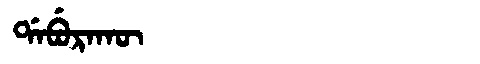
Manchu: ᡩᠠᠪᡠᡵᠠᡴᡡ
Romanization: DABURAKŪ